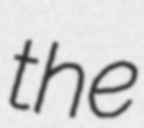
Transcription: the